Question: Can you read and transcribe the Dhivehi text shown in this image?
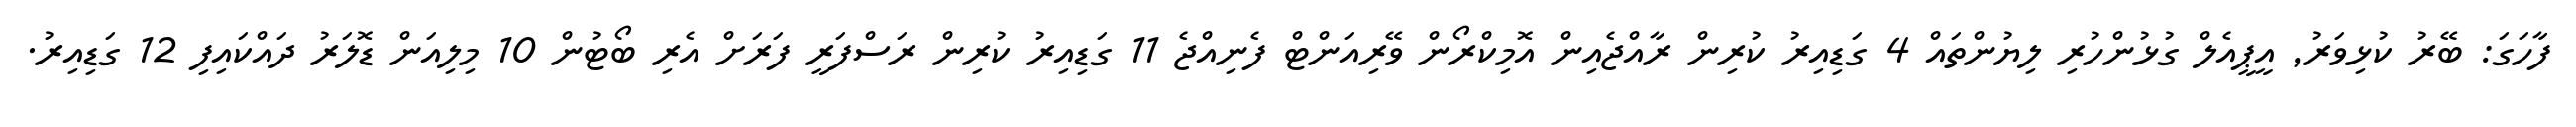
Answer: ފާހަގަ: ބޭރު ކުޅިވަރު, އީޕީއެލް ގުޅުންހުރި ލިޔުންތައް 4 ގަޑިއިރު ކުރިން ރާއްޖެއިން އޮމިކްރޯން ވޭރިއަންޓް ފެނިއްޖެ 11 ގަޑިއިރު ކުރިން ރަސްފަރީ ފަރަށް އެރި ބޯޓުން 10 މިލިއަން ޑޮލަރު ދައްކައިފި 12 ގަޑިއިރު.